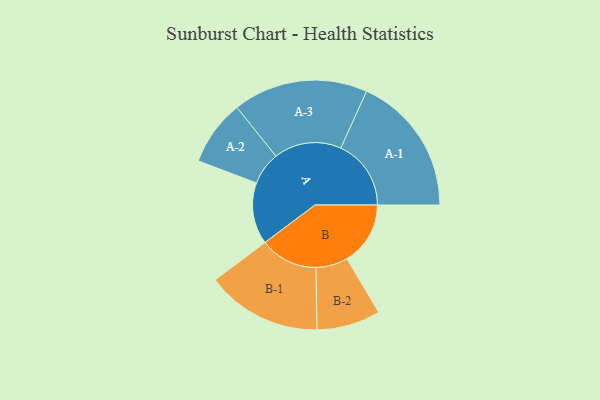
{"axis": {"x": "Segment", "y": "Value"}, "legend": ["", "A", "B"], "data": [{"x": "A", "y": 199, "type": ""}, {"x": "B", "y": 205, "type": ""}, {"x": "A-1", "y": 227, "type": "A"}, {"x": "A-2", "y": 106, "type": "A"}, {"x": "A-3", "y": 218, "type": "A"}, {"x": "B-1", "y": 187, "type": "B"}, {"x": "B-2", "y": 103, "type": "B"}]}